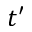
t ^ { \prime }